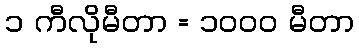
၁ ကီလိုမီတာ = ၁၀၀၀ မီတာ